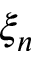
\xi _ { n }